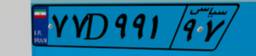
۷۷D۹۹۱۹۷